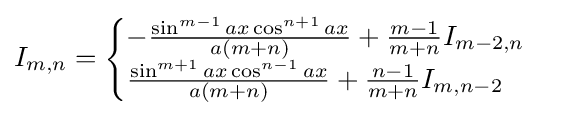
I_{m,n}={\begin{cases}-{\frac {\sin ^{m-1}{ax}\cos ^{n+1}{ax}}{a(m+n)}}+{\frac {m-1}{m+n}}I_{m-2,n}\\{\frac {\sin ^{m+1}{ax}\cos ^{n-1}{ax}}{a(m+n)}}+{\frac {n-1}{m+n}}I_{m,n-2}\\\end{cases}}\,\!